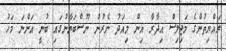
ރައްޔިތުންގެ މަޖިލިސް އިދާރާ އިން މިއަދު ނެރުނު ނޫސްބަޔާނުގައި ބުނީ އަންނަ މަހު